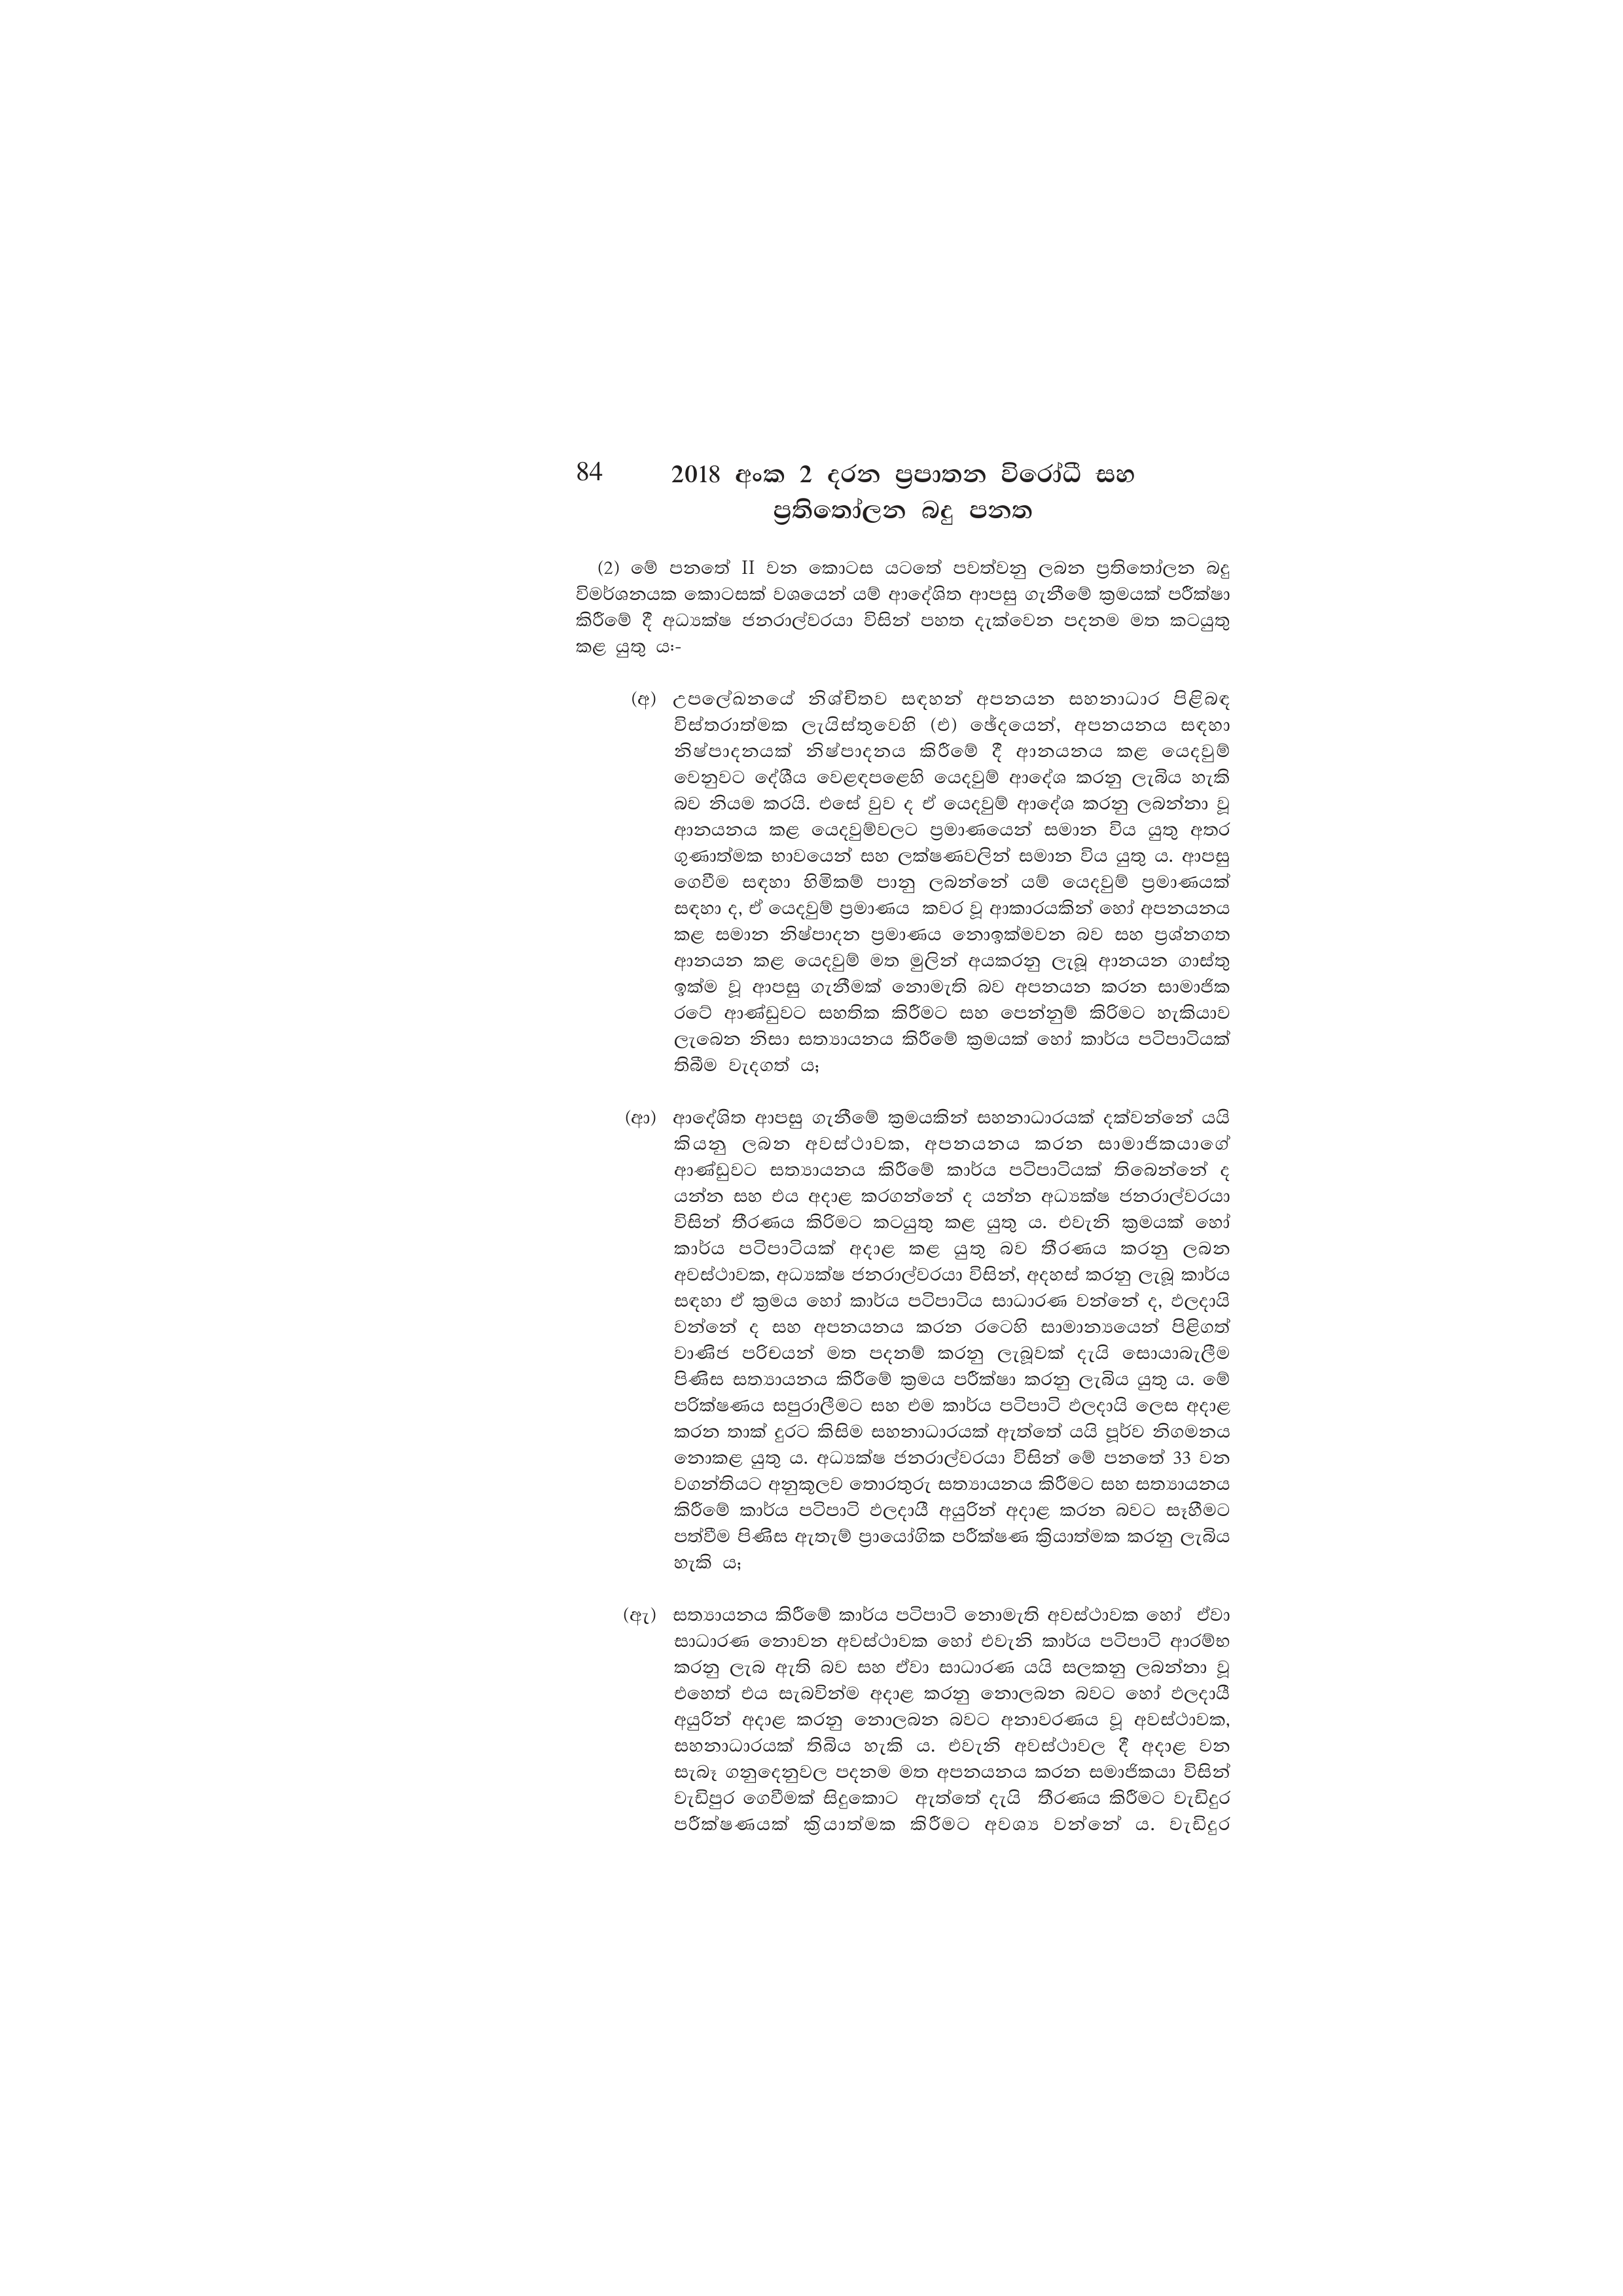
84 2018 අංක 2 දරන ප්‍රපාතන විරෝධී සහ
ප්‍රතිතෝලන බදු පනත

(2) මේ පනතේ II වන කොටස යටතේ පවත්වනු ලබන ප්‍රතිතෝලන බදු
විමර්ශනයක කොටසක් වශයෙන් යම් ආදේශිත ආපසු ගැනීමේ ක්‍රමයක් පරීක්ෂා
කිරීමේ දී අධ්‍යක්ෂ ජනරාල්වරයා විසින් පහත දැක්වෙන පදනම මත කටයුතු
කළ යුතු ය:-

(අ) උපලේඛනයේ නිශ්චිතව සඳහන් අපනයන සහනාධාර පිළිබඳ
විස්තරාත්මක ලැයිස්තුවෙහි (එ) ඡේදයෙන්, අපනයනය සඳහා
නිෂ්පාදනයක් නිෂ්පාදනය කිරීමේ දී ආනයනය කළ යෙදවුම්
වෙනුවට දේශීය වෙළඳපළෙහි යෙදවුම් ආදේශ කරනු ලැබිය හැකි
බව නියම කරයි. එසේ වුව ද ඒ යෙදවුම් ආදේශ කරනු ලබන්නා වූ
ආනයනය කළ යෙදවුම්වලට ප්‍රමාණයෙන් සමාන විය යුතු අතර
ගුණාත්මක භාවයෙන් සහ ලක්ෂණවලින් සමාන විය යුතු ය. ආපසු
ගෙවීම සඳහා හිමිකම් පානු ලබන්නේ යම් යෙදවුම් ප්‍රමාණයක්
සඳහා ද, ඒ යෙදවුම් ප්‍රමාණය කවර වූ ආකාරයකින් හෝ අපනයනය
කළ සමාන නිෂ්පාදන ප්‍රමාණය නොඉක්මවන බව සහ ප්‍රශ්නගත
ආනයන කළ යෙදවුම් මත මුලින් අයකරනු ලැබූ ආනයන ගාස්තු
ඉක්ම වූ ආපසු ගැනීමක් නොමැති බව අපනයන කරන සාමාජික
රටේ ආණ්ඩුවට සහතික කිරීමට සහ පෙන්නුම් කිරිමට හැකියාව
ලැබෙන නිසා සත්‍යායනය කිරීමේ ක්‍රමයක් හෝ කාර්ය පටිපාටියක්
තිබීම වැදගත් ය;

(ආ) ආදේශිත ආපසු ගැනීමේ ක්‍රමයකින් සහනාධාරයක් දක්වන්නේ යයි
කියනු ලබන අවස්ථාවක, අපනයනය කරන සාමාජිකයාගේ
ආණ්ඩුවට සත්‍යායනය කිරීමේ කාර්ය පටිපාටියක් තිබෙන්නේ ද
යන්න සහ එය අදාළ කරගන්නේ ද යන්න අධ්‍යක්ෂ ජනරාල්වරයා
විසින් තීරණය කිරිමට කටයුතු කළ යුතු ය. එවැනි ක්‍රමයක් හෝ
කාර්ය පටිපාටියක් අදාළ කළ යුතු බව තීරණය කරනු ලබන
අවස්ථාවක, අධ්‍යක්ෂ ජනරාල්වරයා විසින්, අදහස් කරනු ලැබූ කාර්ය
සඳහා ඒ ක්‍රමය හෝ කාර්ය පටිපාටිය සාධාරණ වන්නේ ද, ඵලදායි
වන්නේ ද සහ අපනයනය කරන රටෙහි සාමාන්‍යයෙන් පිළිගත්
වාණිජ පරිචයන් මත පදනම් කරනු ලැබූවක් දැයි සොයාබැලීම
පිණිස සත්‍යායනය කිරීමේ ක්‍රමය පරීක්ෂා කරනු ලැබිය යුතු ය. මේ
පරික්ෂණය සපුරාලීමට සහ එම කාර්ය පටිපාටි ඵලදායි ලෙස අදාළ
කරන තාක් දුරට කිසිම සහනාධාරයක් ඇත්තේ යයි පූර්ව නිගමනය
නොකළ යුතු ය. අධ්‍යක්ෂ ජනරාල්වරයා විසින් මේ පනතේ 33 වන
වගන්තියට අනුකූලව තොරතුරු සත්‍යායනය කිරීමට සහ සත්‍යායනය
කිරීමේ කාර්ය පටිපාටි ඵලදායී අයුරින් අදාළ කරන බවට සෑහීමට
පත්වීම පිණිස ඇතැම් ප්‍රායෝගික පරීක්ෂණ ක්‍රියාත්මක කරනු ලැබිය
හැකි ය;

(ඇ) සත්‍යායනය කිරීමේ කාර්ය පටිපාටි නොමැති අවස්ථාවක හෝ ඒවා
සාධාරණ නොවන අවස්ථාවක හෝ එවැනි කාර්ය පටිපාටි ආරම්භ
කරනු ලැබ ඇති බව සහ ඒවා සාධාරණ යයි සලකනු ලබන්නා වූ
එහෙත් එය සැබවින්ම අදාළ කරනු නොලබන බවට හෝ ඵලදායී
අයුරින් අදාළ කරනු නොලබන බවට අනාවරණය වූ අවස්ථාවක,
සහනාධාරයක් තිබිය හැකි ය. එවැනි අවස්ථාවල දී අදාළ වන
සැබෑ ගනුදෙනුවල පදනම මත අපනයනය කරන සමාජිකයා විසින්
වැඩිපුර ගෙවීමක් සිදුකොට ඇත්තේ දැයි තීරණය කිරීමට වැඩිදුර
පරීක්ෂණයක් ක්‍රියාත්මක කිරීමට අවශ්‍ය වන්නේ ය. වැඩිදුර